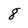
Character: 8